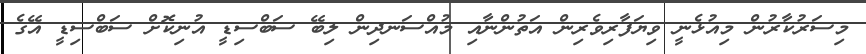
މިސަރުކާރުން މިއުޅެނީ ވިޔަފާރިވެރިން އަތުންނާއި މުއްސަނދިން ލިބޭ ސަބްސިޑީ އުނިކޮށް ސަބްސިޑީ އޭގެ